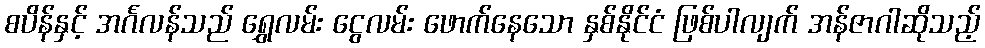
စပိန်နှင့် အင်္ဂလန်သည် ရွှေလမ်း ငွေလမ်း ဖောက်နေသော နှစ်နိုင်ငံ ဖြစ်ပါလျက် အန်ဇာဂါဆိုသည့်